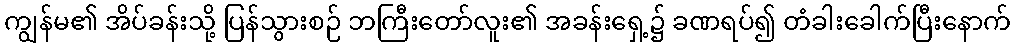
ကျွန်မ၏ အိပ်ခန်းသို့ ပြန်သွားစဉ် ဘကြီးတော်လူး၏ အခန်းရှေ့၌ ခဏရပ်၍ တံခါးခေါက်ပြီးနောက်